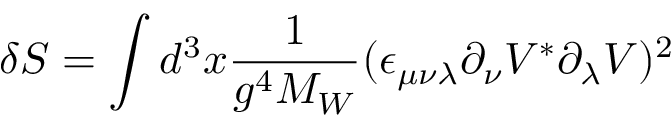
\delta S = \int d ^ { 3 } x { \frac { 1 } { g ^ { 4 } M _ { W } } } ( \epsilon _ { \mu \nu \lambda } \partial _ { \nu } V ^ { * } \partial _ { \lambda } V ) ^ { 2 }